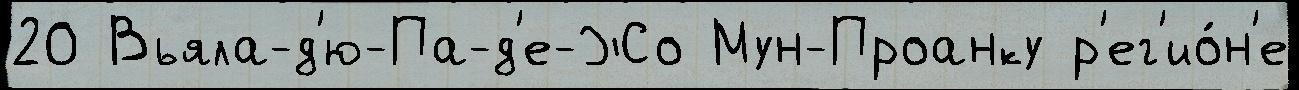
20 Вьяла-д'ю-Па-д'е-Жо Мун-Проанку р'ег'ио́н'е